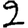
Digit: 2